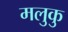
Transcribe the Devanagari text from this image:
मलुकु